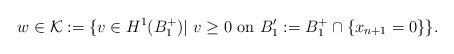
LaTeX: \begin{align*} w\in \mathcal{K}:=\{v\in H^1(B_1^+)| \ v \geq 0 \mbox{ on } B_1':= B_1^+\cap \{x_{n+1}=0\} \}.\end{align*}